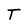
Character: T